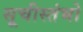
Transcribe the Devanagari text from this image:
सूचीस्तंभो